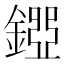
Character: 𨪐